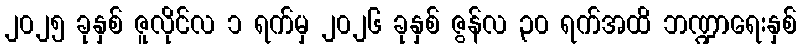
၂၀၂၅ ခုနှစ် ဇူလိုင်လ ၁ ရက်မှ ၂၀၂၆ ခုနှစ် ဇွန်လ ၃၀ ရက်အထိ ဘဏ္ဍာရေးနှစ်